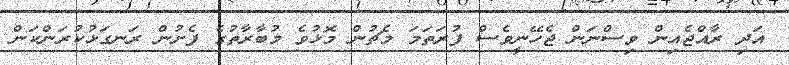
އަދި ރާއްޖެއިން ވިސްނަން ޖެހޭނީވެސް ފުރަތަމަ މެޗުން މޮޅުވެ މުބާރާތުގެ ފެށުން ރަނގަޅުކުރަންކަން